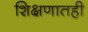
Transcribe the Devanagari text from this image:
शिक्षणातही